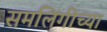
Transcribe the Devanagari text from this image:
समलिंगीच्या